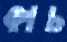
কাচ